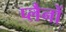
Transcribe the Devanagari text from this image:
प्लैनों